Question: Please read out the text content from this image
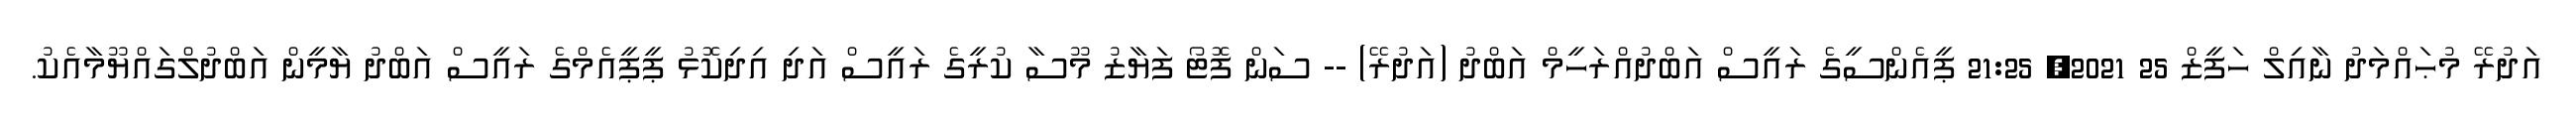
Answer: އަދުރޭ މުޙައްމަދު ނާއިލް ހަފީޒް 25 2021, 21:25 ޕީއެންސީގެ ރައީސް އަބްދުއްރަހީމް އަބްދު (އަދުރޭ) -- ސަން ފޮޓޯ ފަޔާޒު މޫސާ ކުރީގެ ރައީސް އަދި އިދިކޮޅު ޕީޕީއެމްގެ ރައީސް އަބްދު ޔާމީން އަބްދުލްގައްޔޫމާއެކު.